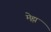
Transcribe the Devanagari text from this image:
मेह्म